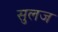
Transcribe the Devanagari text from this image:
सुलज